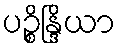
ပဉ္စိန္ဒြိယာ